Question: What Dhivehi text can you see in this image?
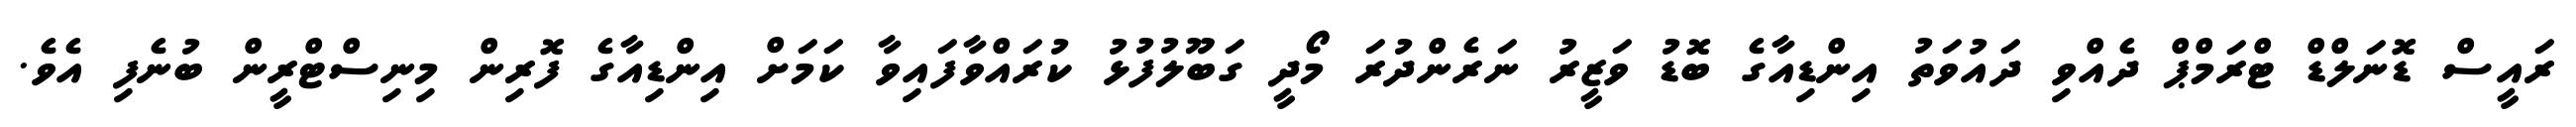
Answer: ރައީސް ޑޮނަލްޑް ޓްރަމްޕް ދެއްވި ދައުވަތު އިންޑިއާގެ ބޮޑު ވަޒީރު ނަރެންދުރަ މޯދީ ގަބޫލުފުޅު ކުރައްވާފައިވާ ކަމަށް އިންޑިއާގެ ފޮރިން މިނިސްޓްރީން ބުނެފި އެވެ.